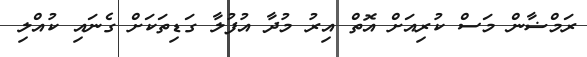
ރަމްޟާން މަސް ކުރިއަށް އޮތް އިރު މުދާ އުފުލާ ގަޑިތަކަށް ގެނައި ކުއްލި